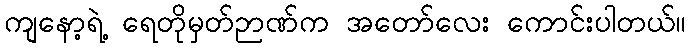
ကျနော့ရဲ့ ရေတိုမှတ်ဉာဏ်က အတော်လေး ကောင်းပါတယ်။